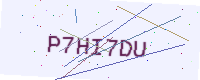
Text: P7HI7DU